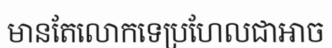
មានតែលោកទេប្រហែលជាអាច